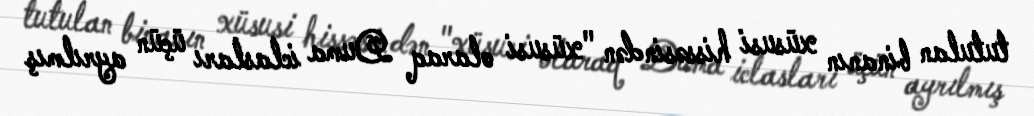
tutulan binanın xüsusi hissəsindən "xüsusi olaraq Duma iclasları üçün ayrılmış